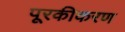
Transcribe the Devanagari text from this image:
पूरकीकरण